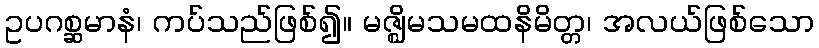
ဥပဂစ္ဆမာနံ၊ ကပ်သည်ဖြစ်၍။ မဇ္ဈိမသမထနိမိတ္တ၊ အလယ်ဖြစ်သော